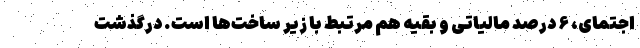
اجتمای، ۶ درصد مالیاتی و بقیه هم مرتبط با زیر ساخت‌ها است. درگذشت